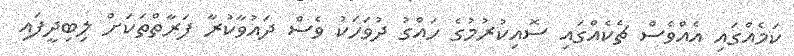
ކަމެއްގައި އެއްވެސް ޗެކެއްގައި ސޮއިކުރުމުގެ ހައްގު ދުވަހަކު ވެސް ދައުވާކުރާ ފަރާތްތަކަށް ލިބިދީފައި